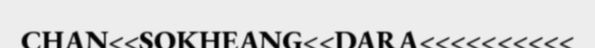
CHAN<<SOKHEANG<<DARA<<<<<<<<<<